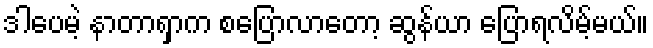
ဒါပေမဲ့ နာတာရှာက စပြောလာတော့ ဆွန်ယာ ပြောရလိမ့်မယ်။